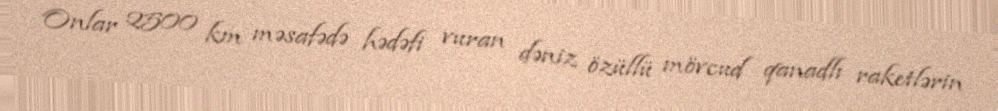
Onlar 2500 km məsafədə hədəfi vuran dəniz özüllü mövcud qanadlı raketlərin